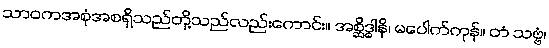
သာဝကအစုံအစရှိသည်တို့သည်လည်းကောင်း။ အစ္ဆိဒ္ဓါနိ၊ မပေါက်ကုန်။ တံ သဗ္ဗံ၊